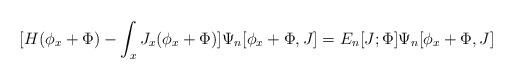
\begin{align*}[H(\phi_x+\Phi)-\int_x J_x (\phi_x+\Phi)]\Psi_n[\phi_x+\Phi,J]=E_n[J;\Phi]\Psi_n[\phi_x+\Phi,J]\end{align*}